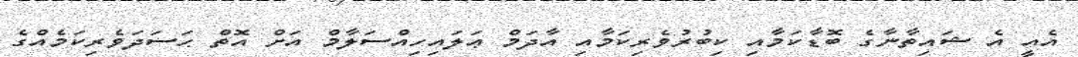
އެއީ އެ ޝައިތާނާގެ ބޮޑާކަމާއި ކިބުރުވެރިކަމާއި އާދަމް ޢަލައިހިއްސަލާމް އަށް އޮތް ޙަސަދަވެރިކަމެއްގެ